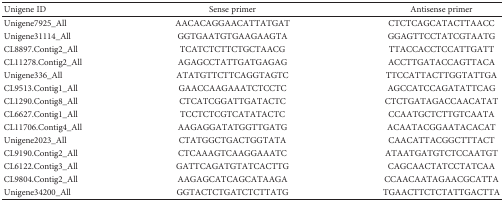
| Unigene ID | Sense primer | Antisense primer |
 | --- | --- | --- |
 | Unigene7925_All | AACACAGGAACATTATGAT | CTCTCAGCATACTTAACC |
 | Unigene31114_All | GGTGAATGTGAAGAAGTA | GGAGTTCCTATCGTAATG |
 | CL8897.Contig2_All | TCATCTCTTCTGCTAACG | TTACCACCTCCATTGATT |
 | CL11278.Contig2_All | AGAGCCTATTGATGAGAG | ACCTTGATACCAGTTACA |
 | Unigene336_All | ATATGTTCTTCAGGTAGTC | TTCCATTACTTGGTATTGA |
 | CL9513.Contig1_All | GAACCAAGAAATCTCCTC | AGCCATCCAGATATTCAG |
 | CL1290.Contig8_All | CTCATCGGATTGATACTC | CTCTGATAGACCAACATAT |
 | CL6627.Contig1_All | TCCTCTCGTCATATACTC | CCAATGCTCTTGTCAATA |
 | CL11706.Contig4_All | AAGAGGATATGGTTGATG | ACAATACGGAATACACAT |
 | Unigene2023_All | CTATGGCTGACTGGTATA | CAACATTACGGCTTTACT |
 | CL9190.Contig2_All | CTCAAAGTCAAGGAAATC | ATAATGATGTCTCCAATGT |
 | CL6122.Contig3_All | GATTCAGATGTATCACTTG | CAGCAACTATCCTATCAA |
 | CL9804.Contig2_All | AAGAGCATCAGCATAAGA | CCAACAATAGAACGCATTA |
 | Unigene34200_All | GGTACTCTGATCTCTTATG | TGAACTTCTCTATTGACTTA |